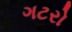
ગટરો